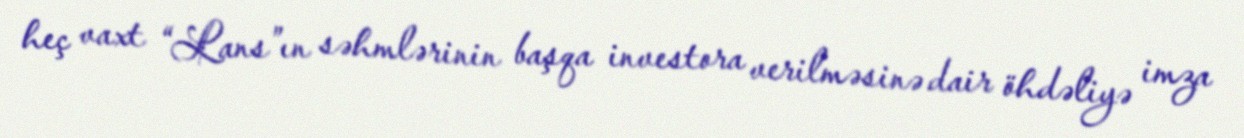
heç vaxt “Lans”ın səhmlərinin başqa investora verilməsinə dair öhdəliyə imza